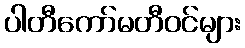
ပါတီကော်မတီဝင်များ